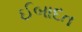
ઈબાદત